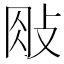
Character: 𢼱